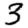
Digit: 3